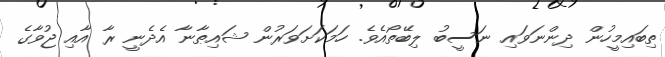
ތިބައިމީހުން ދިންނަވައި ނަސީބު ލިބޭތޯއެވެ. ހަމަކަށަވަރުން ޝައިޠާނާ އެދެނީ ރާ އާއި ޖުވާގެ